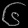
Digit: ၆